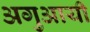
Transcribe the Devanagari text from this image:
अगुआयी